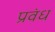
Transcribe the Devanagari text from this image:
प्रवंध